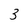
Character: 3